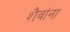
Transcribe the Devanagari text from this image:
शैवांना